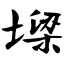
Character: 墚